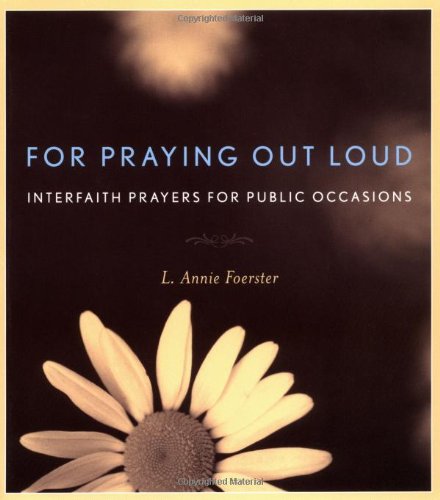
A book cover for For Praying Out Loud: Interfaith Prayers for Public Occasions; L. Annie Foerster; Religion & Spirituality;